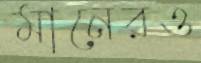
মানেরও